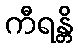
ကီရန္တိ